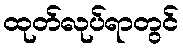
ထုတ်လုပ်ရာတွင်